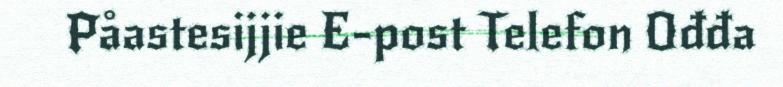
Påastesijjie E-post Telefon Ođđa